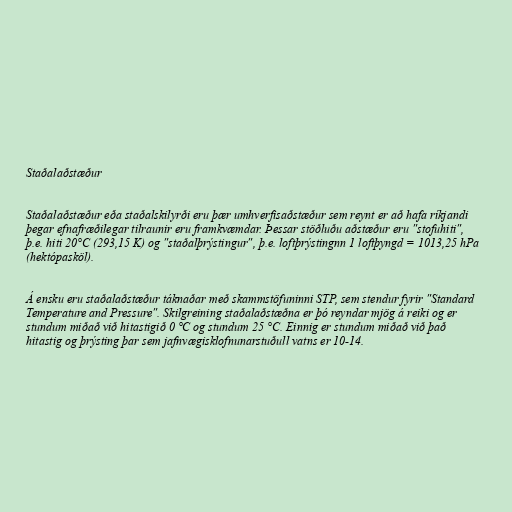
Staðalaðstæður

Staðalaðstæður eða staðalskilyrði eru þær umhverfisaðstæður sem reynt er að hafa ríkjandi
þegar efnafræðilegar tilraunir eru framkvæmdar. Þessar stöðluðu aðstæður eru "stofuhiti",
þ.e. hiti 20°C (293,15 K) og "staðalþrýstingur", þ.e. loftþrýstingnn 1 loftþyngd = 1013,25 hPa
(hektópasköl).

Á ensku eru staðalaðstæður táknaðar með skammstöfuninni STP, sem stendur fyrir "Standard
Temperature and Pressure". Skilgreining staðalaðstæðna er þó reyndar mjög á reiki og er
stundum miðað við hitastigið 0 °C og stundum 25 °C. Einnig er stundum miðað við það
hitastig og þrýsting þar sem jafnvægisklofnunarstuðull vatns er 10-14.